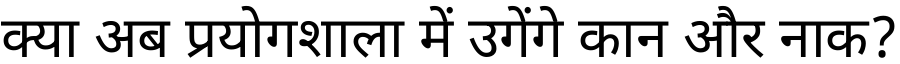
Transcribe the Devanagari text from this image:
क्या अब प्रयोगशाला में उगेंगे कान और नाक?